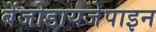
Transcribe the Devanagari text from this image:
बेंजोडायजेपाइन